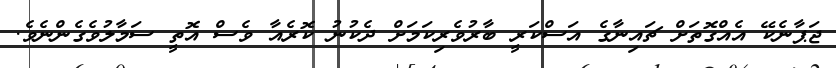
ޖަޕާނެކޭ އެއްގޮތަށް ޗައިނާގެ އަސްކަރީ ބާރުވެރިކަމަށް ދެކުނު ކޮރެއާ ވެސް އޮތީ ސަމާލުވެގެންނެވެ.